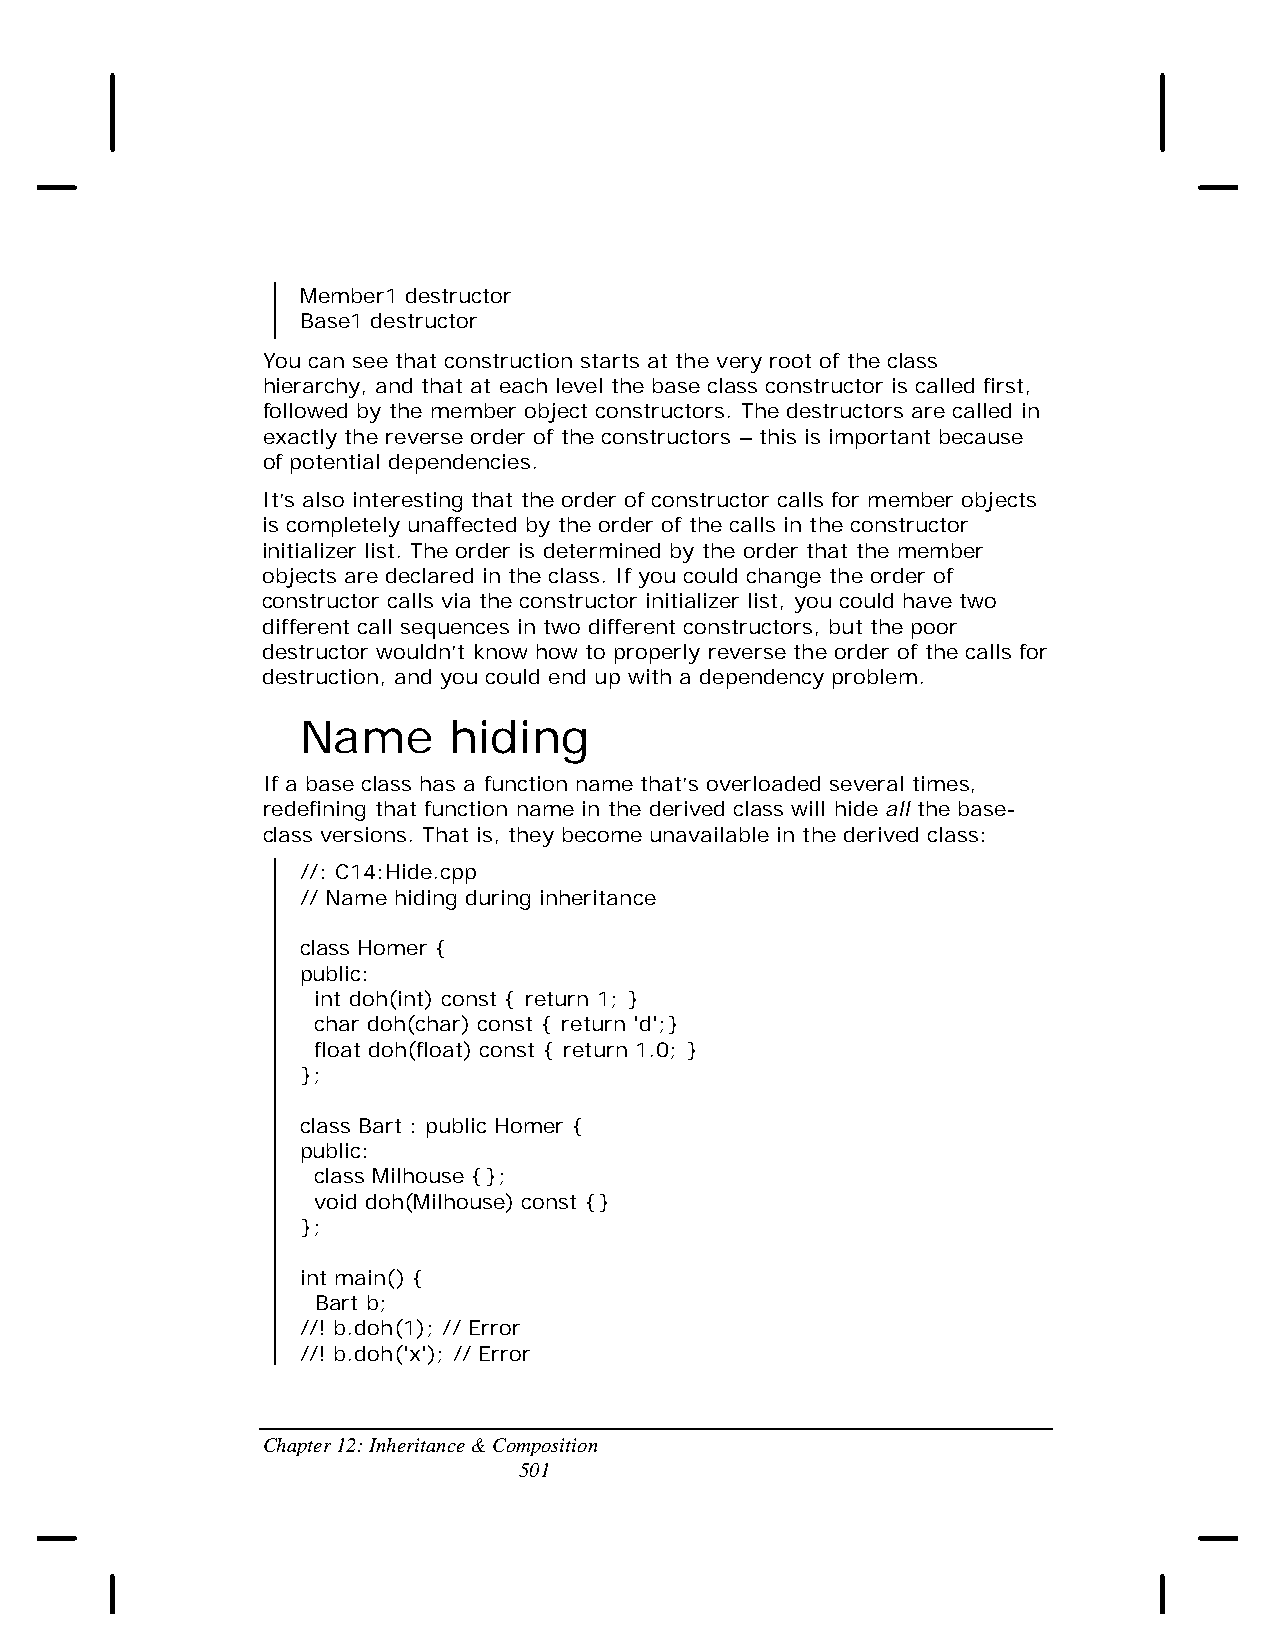
Member1 destructor
 Base1 destructor
 You can see that construction starts at the very root of the class
 hierarchy, and that at each level the base class constructor is called first,
 followed by the member object constructors. The destructors are called in
 exactly the reverse order of the constructors – this is important because
 of potential dependencies.
 It’s also interesting that the order of constructor calls for member objects
 is completely unaffected by the order of the calls in the constructor
 initializer list. The order is determined by the order that the member
 objects are declared in the class. If you could change the order of
 constructor calls via the constructor initializer list, you could have two
 different call sequences in two different constructors, but the poor
 destructor wouldn’t know how to properly reverse the order of the calls for
 destruction, and you could end up with a dependency problem.
 Name      hiding
 If a base class has a function name that’s overloaded several times,
 redefining that function name in the derived class will hide all the base-
 class versions. That is, they become unavailable in the derived class:
 //: C14:Hide.cpp
 // Name hiding during inheritance
 class Homer {
 public:
 int doh(int) const { return 1; }
 char doh(char) const { return 'd';}
 float doh(float) const { return 1.0; }
 };
 class Bart : public Homer {
 public:
 class Milhouse {};
 void doh(Milhouse) const {}
 };
 int main() {
 Bart b;
 //! b.doh(1); // Error
 //! b.doh('x'); // Error
 Chapter 12: Inheritance & Composition
 501